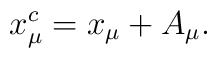
x^{c}_{\mu}=x_{\mu}+A_{\mu}.